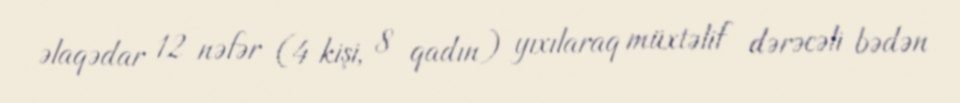
əlaqədar 12 nəfər (4 kişi, 8 qadın) yıxılaraq müxtəlif dərəcəli bədən